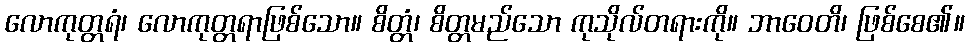
လောကုတ္တရံ၊ လောကုတ္တရာဖြစ်သော။ စိတ္တံ၊ စိတ္တမည်သော ကုသိုလ်တရားကို။ ဘာဝေတိ၊ ဖြစ်စေ၏။